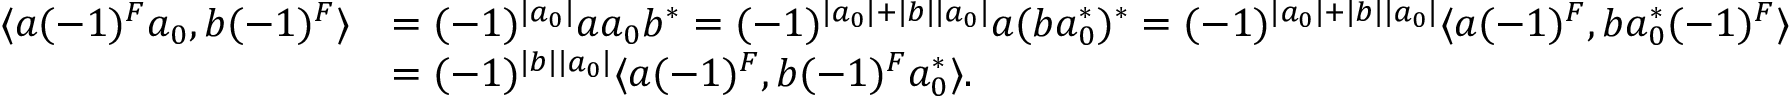
\begin{array} { r l } { \langle a ( - 1 ) ^ { F } a _ { 0 } , b ( - 1 ) ^ { F } \rangle } & { = ( - 1 ) ^ { | a _ { 0 } | } a a _ { 0 } b ^ { * } = ( - 1 ) ^ { | a _ { 0 } | + | b | | a _ { 0 } | } a ( b a _ { 0 } ^ { * } ) ^ { * } = ( - 1 ) ^ { | a _ { 0 } | + | b | | a _ { 0 } | } \langle a ( - 1 ) ^ { F } , b a _ { 0 } ^ { * } ( - 1 ) ^ { F } \rangle } \\ & { = ( - 1 ) ^ { | b | | a _ { 0 } | } \langle a ( - 1 ) ^ { F } , b ( - 1 ) ^ { F } a _ { 0 } ^ { * } \rangle . } \end{array}